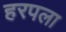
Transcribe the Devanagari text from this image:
हरपला